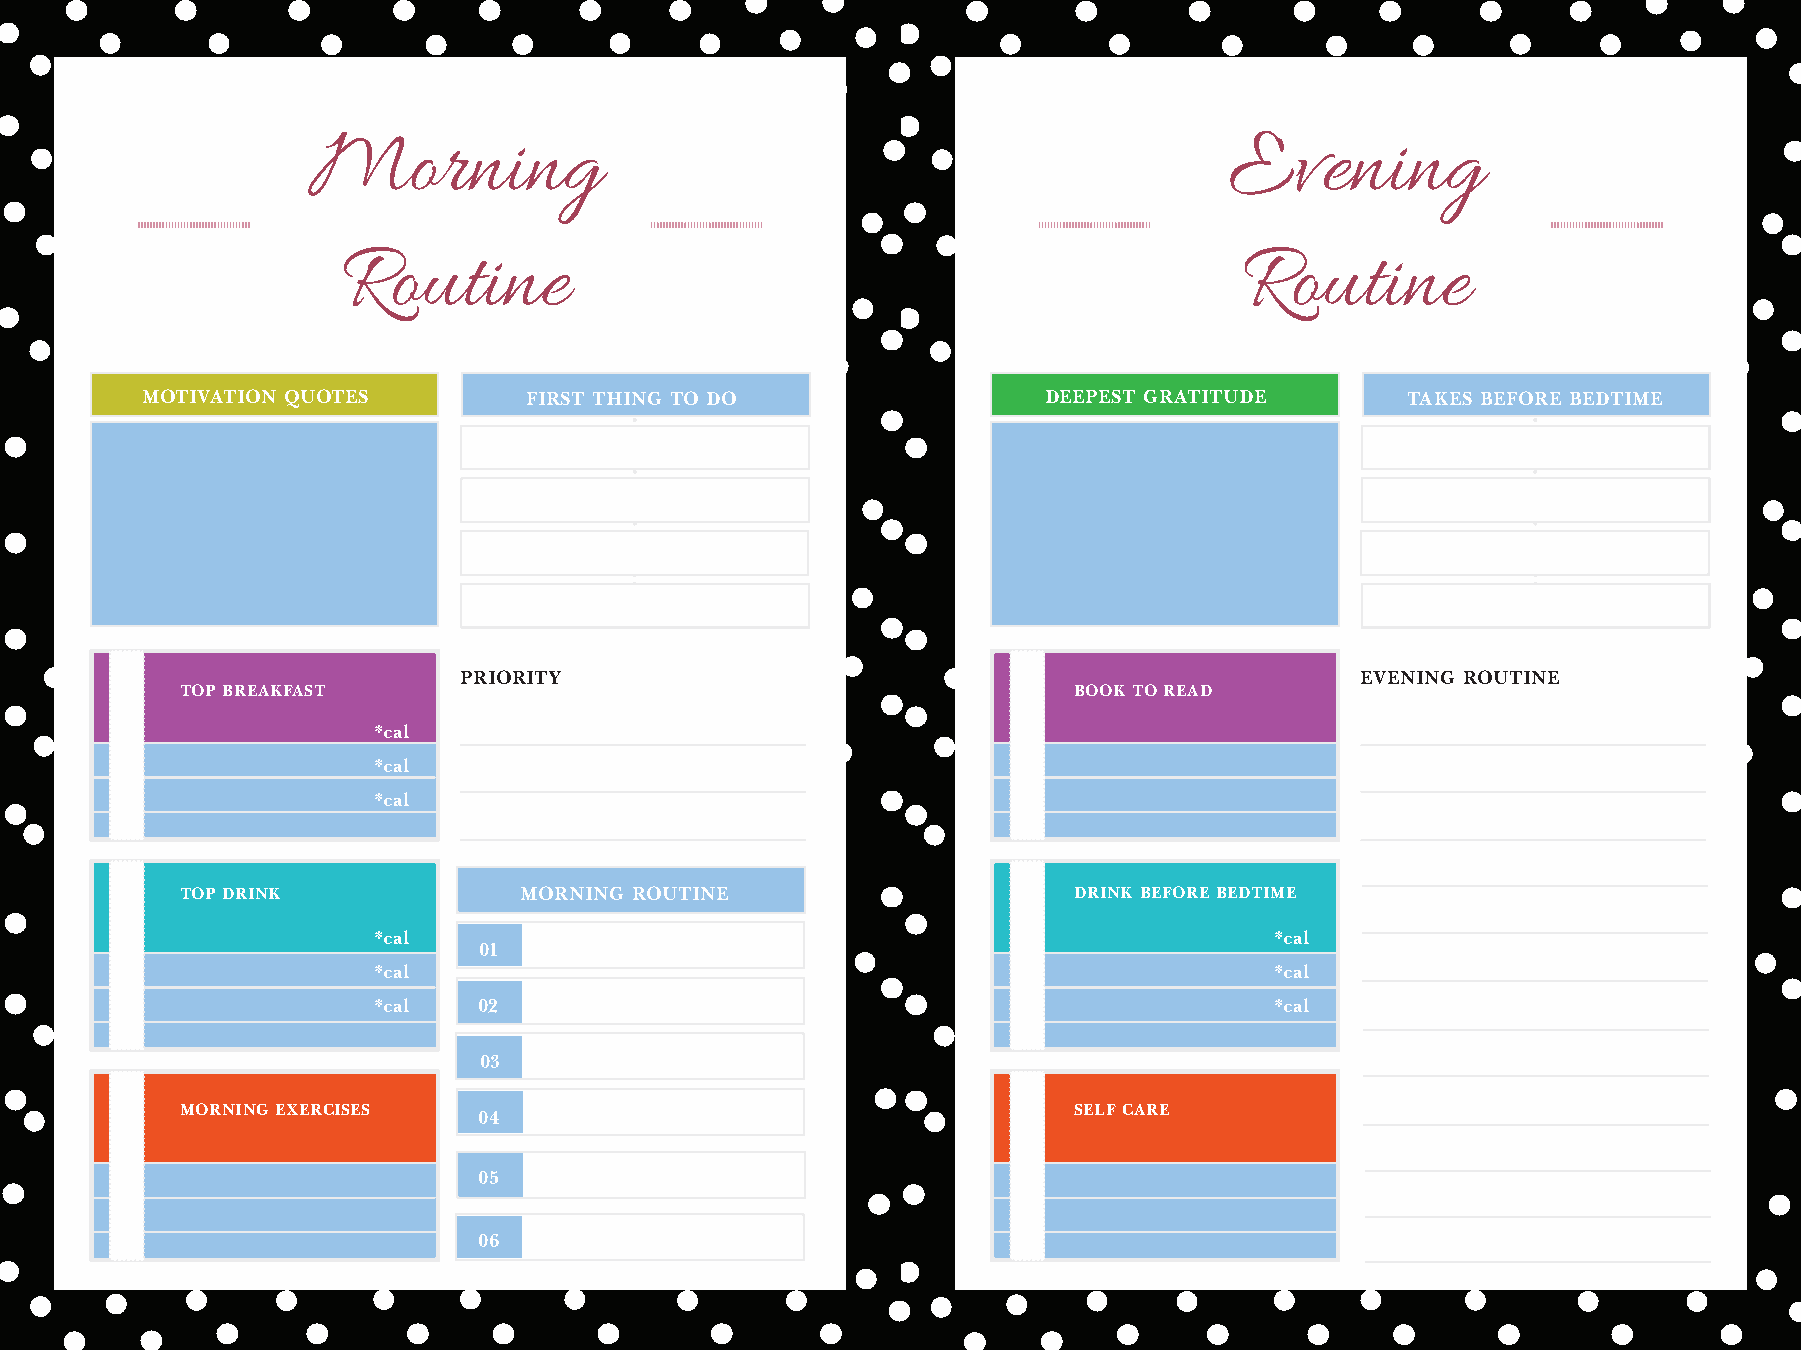
Morning                                                      Evening
 Routine                                                    Routine
 MOTIVATION QUOTES         FIRST THING TO DO                 DEEPEST GRATITUDE       TAKES BEFORE BEDTIME
 PRIORITY                                                    EVENING ROUTINE
 TOP BREAKFAST                                              BOOK TO READ
 *cal
 *cal
 *cal
 TOP DRINK             MORNING ROUTINE                      DRINK BEFORE BEDTIME
 *cal                                                       *cal
 01
 *cal                                                       *cal
 *cal   02                                                  *cal
 03
 MORNING EXERCISES                                          SELF CARE
 04
 05
 06